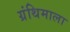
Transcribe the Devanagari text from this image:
ग्रंथिमाला